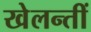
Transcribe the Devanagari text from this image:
खेलन्तीं